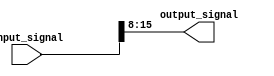
module part_select_assign(
    input [31:0] input_signal,
    output reg [7:0] output_signal
);

// Assigning specific bits or ranges of bits from input_signal to output_signal
always @* begin
    output_signal = input_signal[15:8]; // Assigning bits 15 to 8 from input_signal to output_signal
end

endmodule